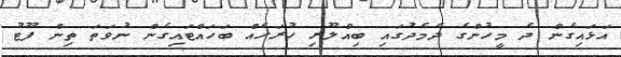
އަޅައިގެން ދެ މީހުންގެ ދެމެދުގައި ބިއްލޫރި ހުރަހެއް ބަހައްޓައިގެން ނުވަތަ ތިން ފޫޓު